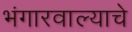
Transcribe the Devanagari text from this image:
भंगारवाल्याचे